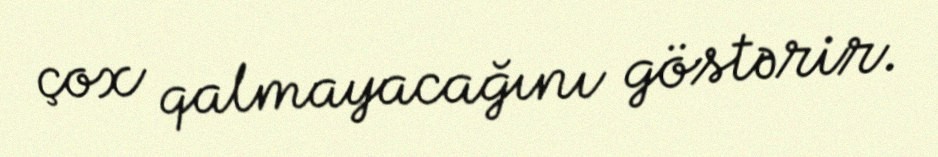
çox qalmayacağını göstərir.